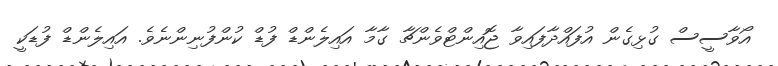
އޯވާސީސް ގުޅިގެން އުފައްދާފައިވާ ޖޮއިންޓްވެންޗާ ގާމާ އައިލެންޑް ފުޑް ކުންފުނިންނެވެ. އައިލެންޑް ފުޑަކީ